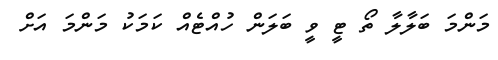
މަންމަ ބަލާލާ ތޯ ޓީ ވީ ބަލަން ހުއްޓެއް ކަމަކު މަންމަ އަށް